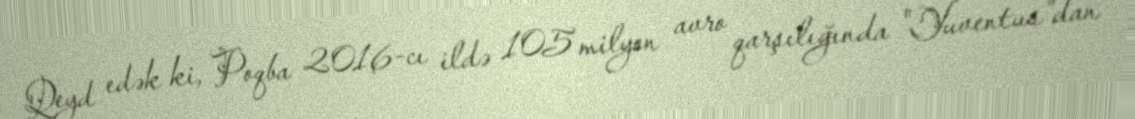
Qeyd edək ki, Poqba 2016-cı ildə 105 milyon avro qarşılığında "Yuventus"dan